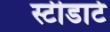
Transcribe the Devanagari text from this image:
स्टीडार्ट